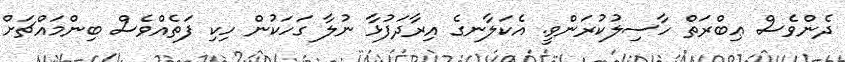
ދެންވެސް ޢިބްރަތް ހާސިލުކުރަންވީ. އެކަލާނގެ އިރާދަފުޅާ ނުލާ ގަހަކުން ހިކި ފަތެއްވެސް ބިންމައްޗަށް